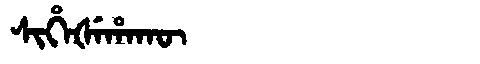
Manchu: ᠰᡳᡥᡝᡧᡝᡥᠠᡴᡡ
Romanization: SIHEŠEHAKŪ